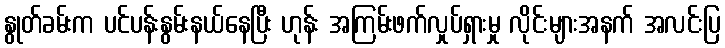
နွုတ်ခမ်းက ပင်ပန်းနွမ်းနယ်နေပြီး ဟုန်း အကြမ်းဖက်လှုပ်ရှားမှု လိုင်းများအနက် အလင်းပြ